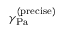
\gamma _ { \mathrm { { P a } } } ^ { \mathrm { { ( p r e c i s e ) } } }